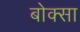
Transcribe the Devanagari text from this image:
बोक्सा